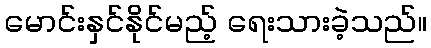
မောင်းနှင်နိုင်မည့် ရေးသားခဲ့သည်။